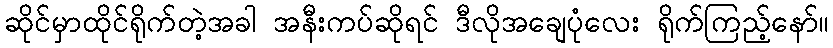
ဆိုင်မှာထိုင်ရိုက်တဲ့အခါ အနီးကပ်ဆိုရင် ဒီလိုအချေပုံလေး ရိုက်ကြည့်နော်။